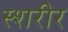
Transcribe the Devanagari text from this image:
स्शरीर